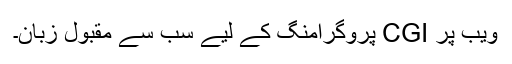
ویب پر CGI پروگرامنگ کے لیے سب سے مقبول زبان۔